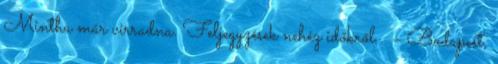
Mintha már virradna. Feljegyzések nehéz időkről . – Budapest,